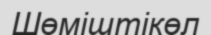
Шөміштікөл